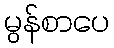
မွန်စာပေ